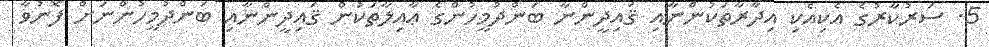
5. ސަރުކާރުގެ އެކިއެކި އިދާރާތަކުންނާއި ޤައިދީންނާ ބަންދުމީހުންގެ ޢާއިލާތަކުން ޤައިދީންނާއި ބަންދުމީހުންނަށް ފޮނުވާ